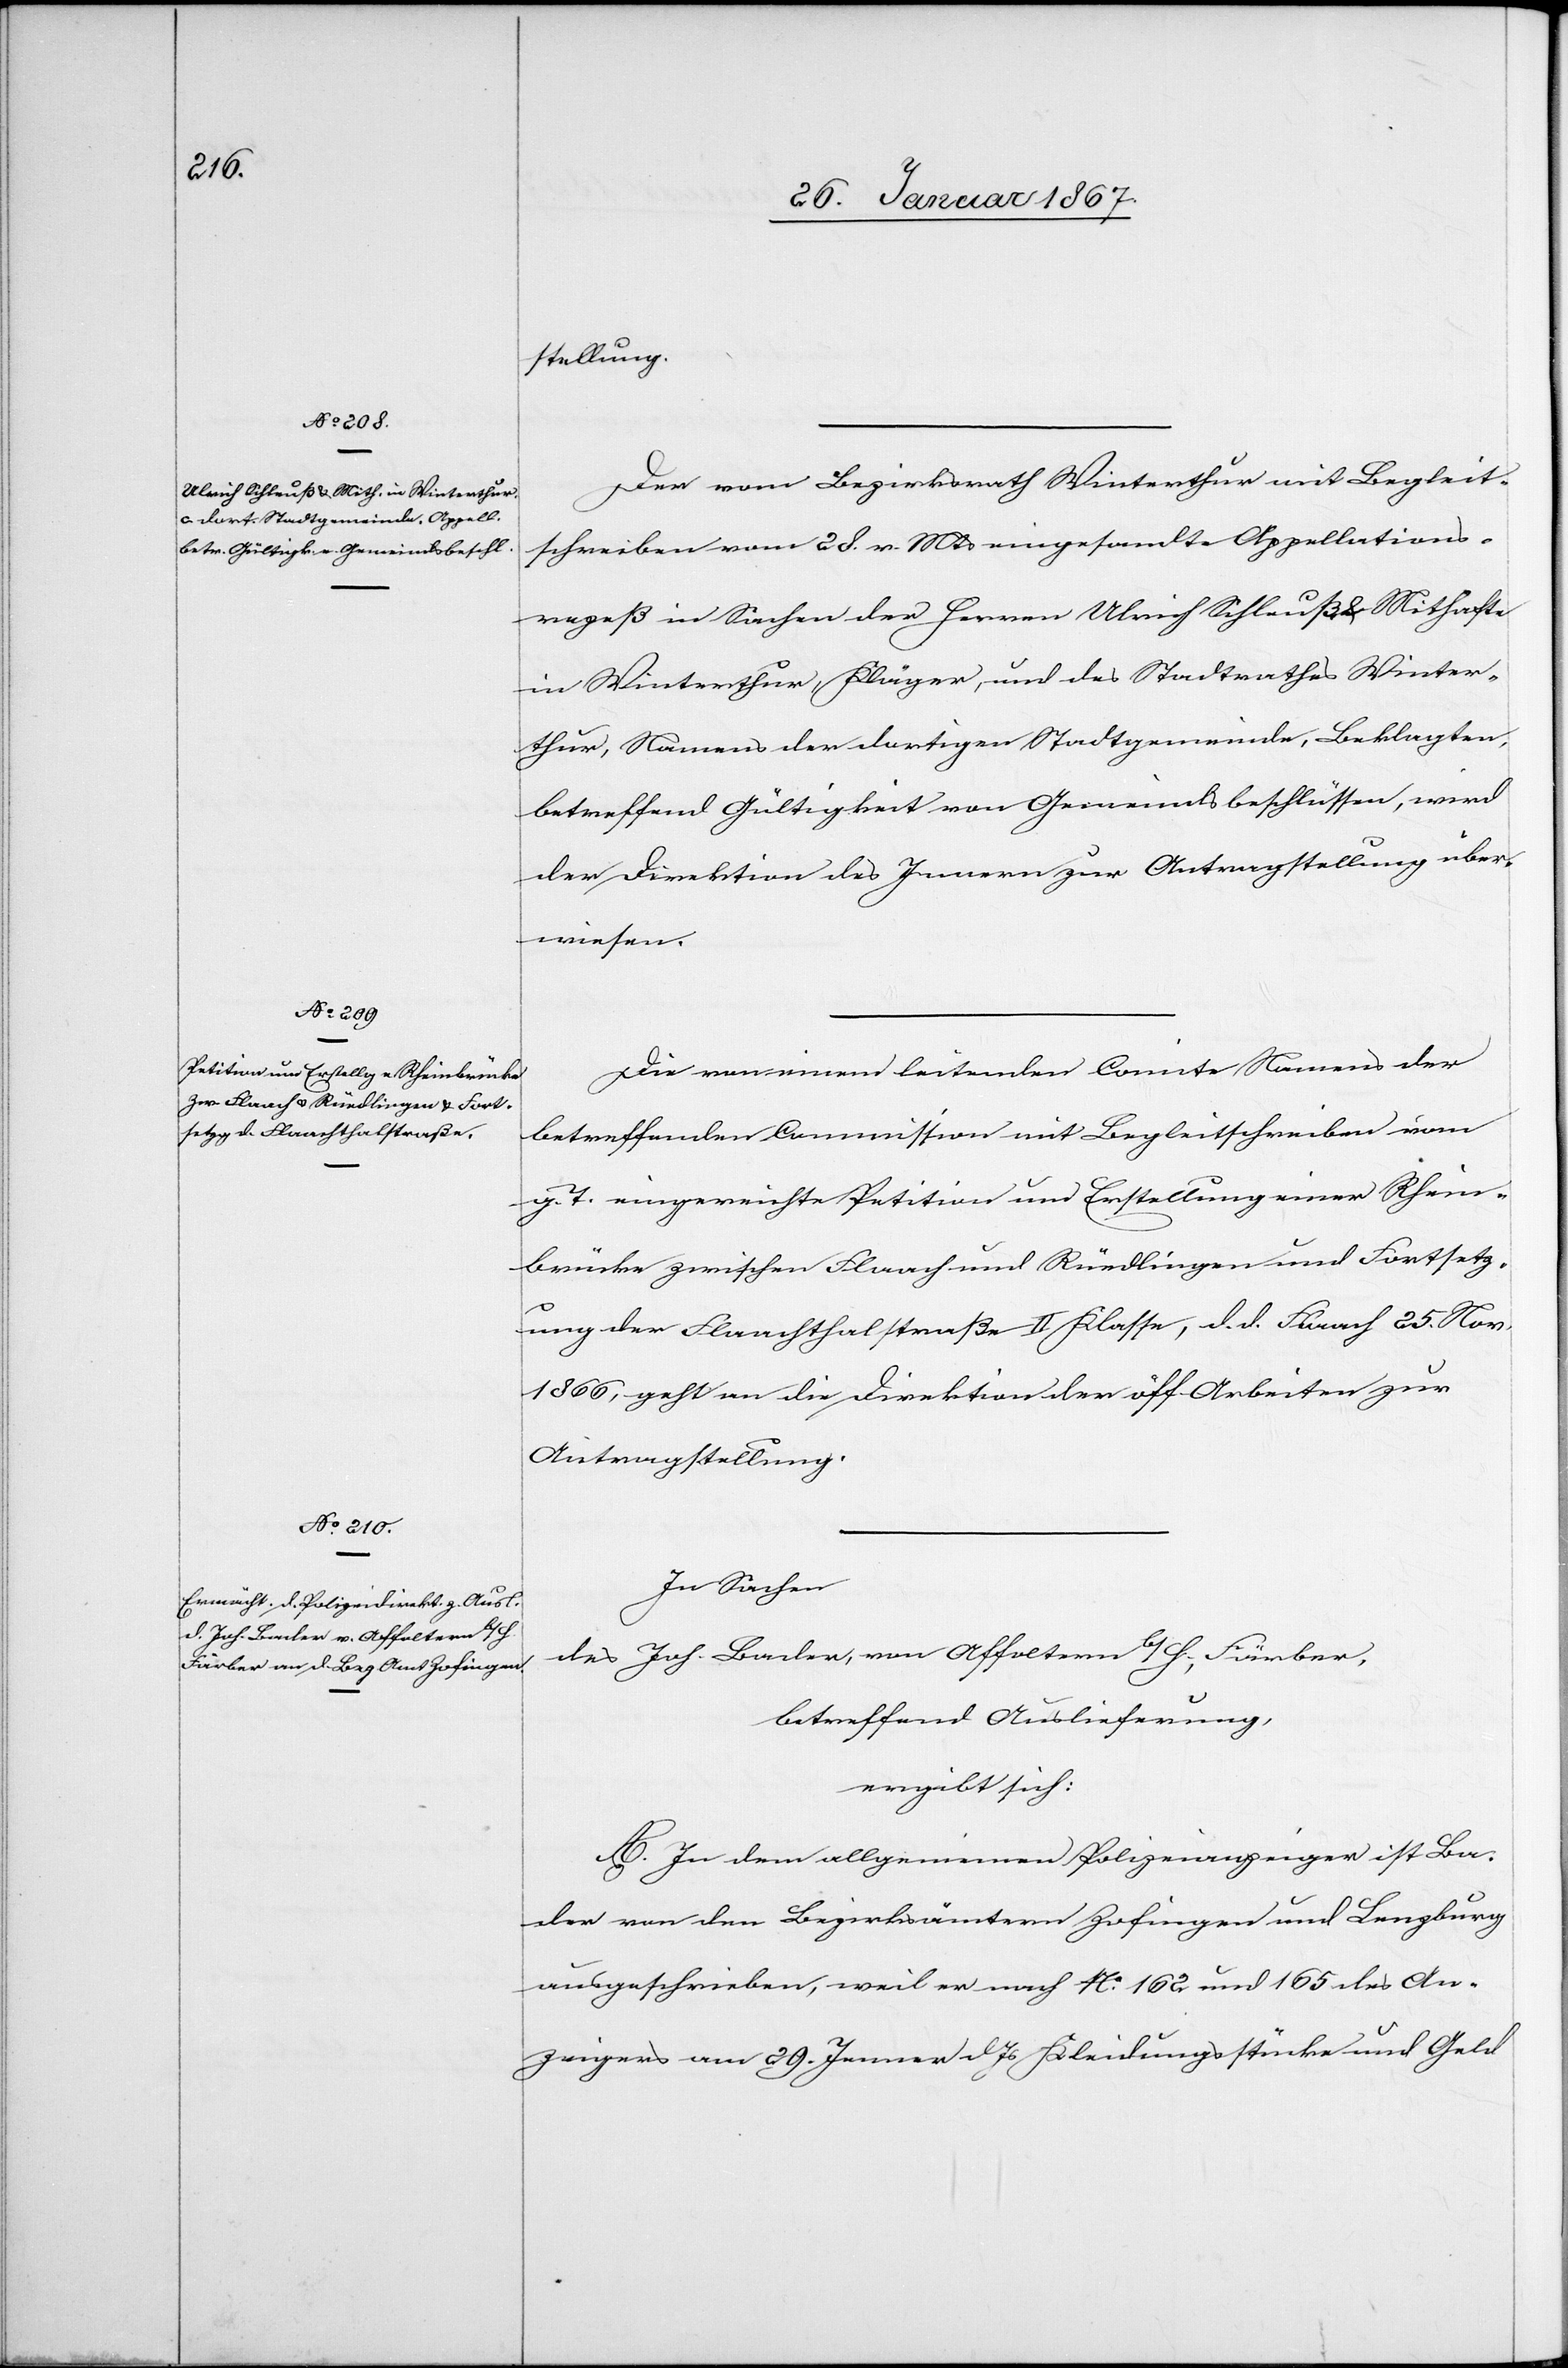
stellung.
Der vom Bezirksrath Winterthur mit Begleit¬
schreiben vom 28. v. Mts eingesandte Appellations¬
rezeß in Sachen der Herren Ulrich Schleuß & Mithafte
in Winterthur, Kläger, und des Stadtrathes Winter¬
thur, Namens der dortigen Stadtgemeinde, Beklagten,
betreffend Gültigkeit von Gemeindsbeschlüssen, wird
der Direktion des Innern zur Antragstellung über¬
wiesen.
Die von einem leitenden Comite Namens der
betreffenden Commission mit Begleitschreiben vom
g. T. eingereichte Petition und Erstellung einer Rhein¬
brücke zwischen Flaach und Rüedlingen und Fortsetz¬
ung der Flaachthalstraße II. Klasse, d. d. Flaach 25. Nov.
1866, geht an die Direktion der öff. Arbeiten zur
Antragstellung.
In Sachen
Joh. Bader, von Affoltern b/H., Färber,
des
betreffend Auslieferung,
ergibt sich:
A. In den allgemeinen Polizeianzeigen ist Ba¬
der von den Bezirksämtern Zofingen und Lenzburg
ausgeschrieben, weil er nach No. 162 und 165 des An¬
zeigers am 29. Jenner d. Js Kleidungsstücke und Geld